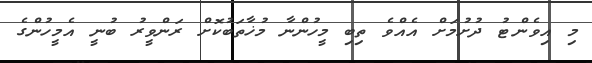
މި އިވެންޓު ދުށުމަށް އެއްވެ ތިބި މީހުންނާ މުޚާތަބުކޮށް ރަންވީރު ބުނީ އެމީހުންގެ